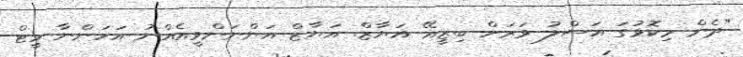
"ދެން މިކޮޅުގަ އަސްލު ވަރަށް ބިޒީއޭ އަޔާޒް. އަޔާޒް އަންނަންވީއެއްނު އަހަންނާ މީޓް